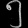
Digit: ၅